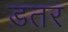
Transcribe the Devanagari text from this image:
डतर